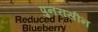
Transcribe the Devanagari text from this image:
पुनरासीन